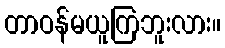
တာဝန်မယူကြဘူးလား။